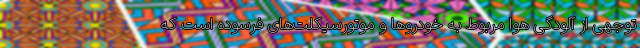
توجهی از آلودگی هوا مربوط به خودروها و موتورسیکلت‌های فرسوده است که